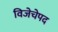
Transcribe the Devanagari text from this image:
विजेचेपद